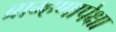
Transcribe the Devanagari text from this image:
ब्राम्हणापेक्षा